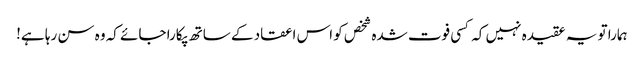
ہمارا تو یہ عقیدہ نہیں کہ کسی فوت شدہ شخص کو اس اعقاد کے ساتھ پکارا جائے کہ وہ سن رہا ہے!